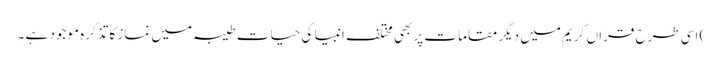
) اسی طرح قراں کریم میں دیگر مقامات پر بھی مختلف انبیا کی حیات طیبہ میں نماز کا تذکرہ موجود ہے ۔